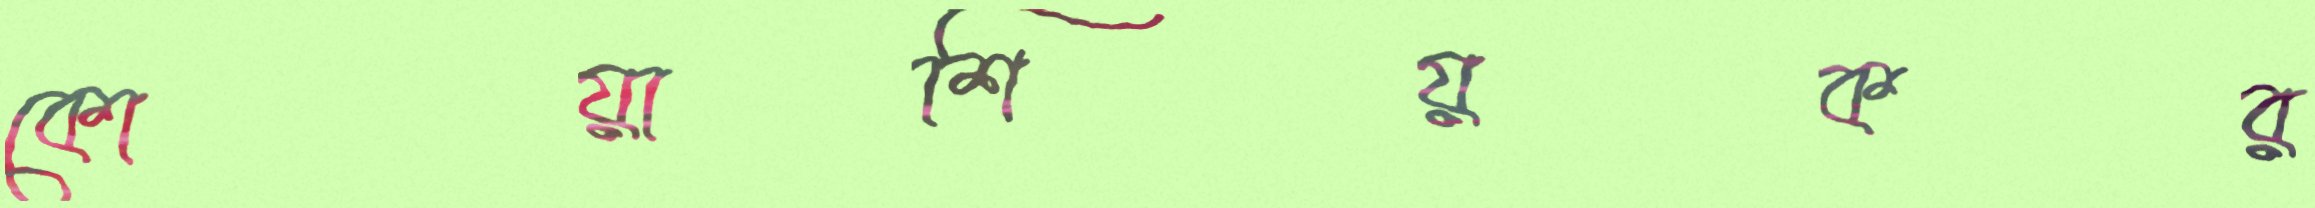
কোয়াশিয়কর